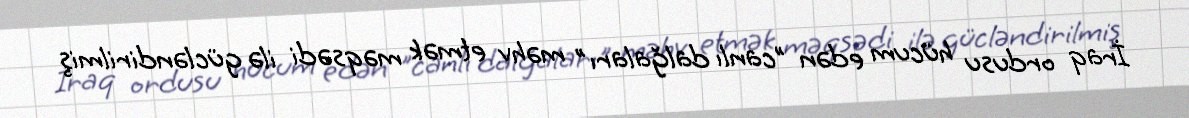
İraq ordusu hücum edən "canlı dalğaları" məhv etmək məqsədi ilə gücləndirilmiş